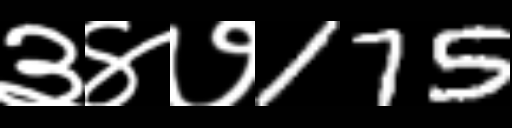
Text: ३४७175